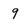
Character: 9